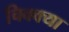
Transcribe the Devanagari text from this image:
चिक्क्या